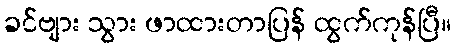
ခင်ဗျား သွား ဖာထားတာပြန် ထွက်ကုန်ပြီ။